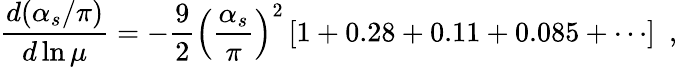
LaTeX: \frac{d(\alpha_{s}/\pi)}{d\ln\mu}=-\frac{9}{2}\left(\frac{\alpha_{s}}{\pi}\right)^{2}\left[1+0.28+0.11+0.085+\cdots\right]\ \ ,